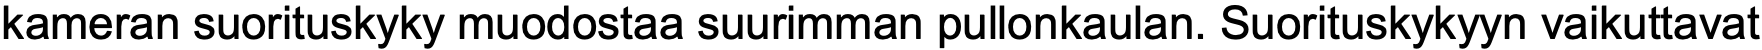
kameran suorituskyky muodostaa suurimman pullonkaulan. Suorituskykyyn vaikuttavat